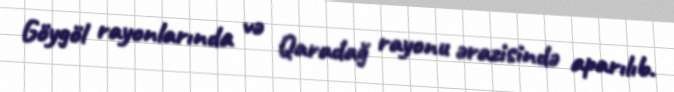
Göygöl rayonlarında və Qaradağ rayonu ərazisində aparılıb.